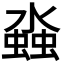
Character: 𬠤